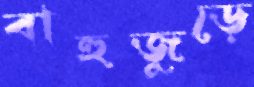
বাহুজুড়ে